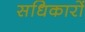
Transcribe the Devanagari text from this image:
सधिकारों